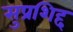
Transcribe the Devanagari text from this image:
सुप्रशिद्द